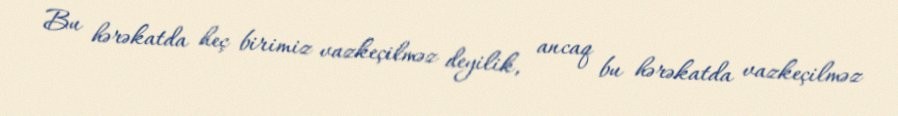
Bu hərəkatda heç birimiz vazkeçilməz deyilik, ancaq bu hərəkatda vazkeçilməz